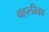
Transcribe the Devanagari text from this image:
बहलीका